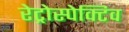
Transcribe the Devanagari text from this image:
रेट्रोस्‍पेक्टिव